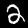
Digit: 2